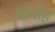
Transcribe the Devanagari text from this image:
कनोह